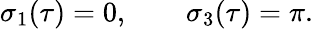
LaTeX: \sigma_{1}(\tau)=0,\qquad\sigma_{3}(\tau)=\pi.